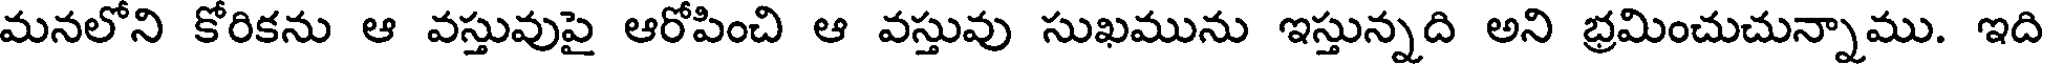
మనలోని కోరికను ఆ వస్తువుపై ఆరోపించి ఆ వస్తువు సుఖమును ఇస్తున్నది అని భ్రమించుచున్నాము. ఇది